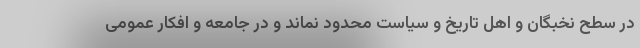
در سطح نخبگان و اهل تاریخ و سیاست محدود نماند و در جامعه و افکار عمومی